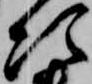
次